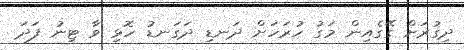
ދިގުރަށް ގޭގެއިން މަގު ހުރަހަށް ދަނޑި ދަގަނޑު ހޮޅި ވާ ޓިނު ފަދަ